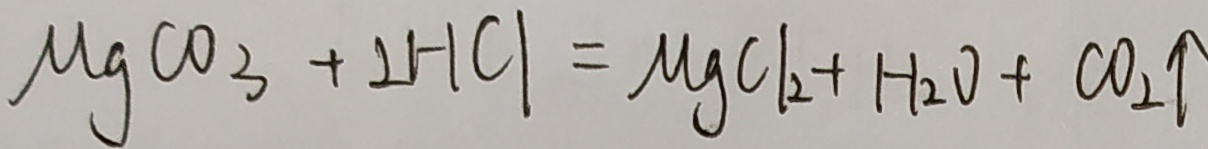
\mu g C O _ { 3 } + 2 H C l = \mu g C l _ { 2 } + H _ { 2 } O + C O _ { 2 } \uparrow